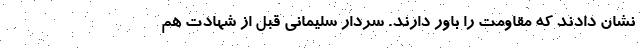
نشان دادند که مقاومت را باور دارند. سردار سلیمانی قبل از شهادت هم